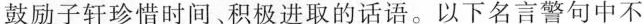
鼓励子轩珍惜时间﹑积极进取的话语。以下名言警句中不